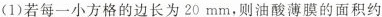
(1)若每一小方格的边长为20mm，则油酸薄膜的面积约